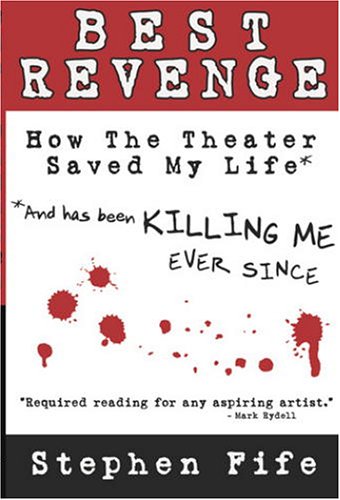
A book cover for Best Revenge: How Theater Saved My Life and Has Been Killing Me Ever Since; Stephen Fife; Biographies & Memoirs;